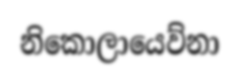
නිකොලායෙව්නා